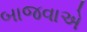
બાજવાએ